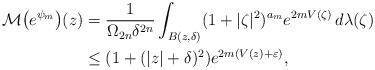
LaTeX: \begin{align*} {\mathcal M}\big(e^{\psi_m}\big)(z)&=\dfrac 1{\Omega_{2n}\delta^{2n}} \int_{B(z,\delta)} (1+|\zeta|^2)^{a_m} e^{2mV(\zeta)}\, d\lambda(\zeta) \\&\leq (1+(|z|+\delta)^2)e^{2m(V(z)+\varepsilon)}, \end{align*}